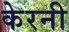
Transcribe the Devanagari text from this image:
केरनी